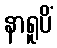
နာရူပိံ